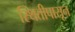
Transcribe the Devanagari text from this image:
स्थितीपासून